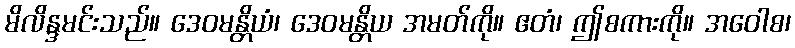
မိလိန္ဒမင်းသည်။ ဒေဝမန္တိယံ၊ ဒေဝမန္တိယ အမတ်ကို။ ဧတံ၊ ဤစကားကို။ အဝေါစ၊